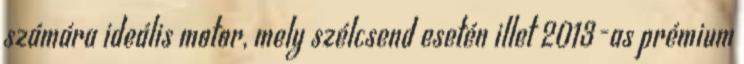
számára ideális motor, mely szélcsend esetén illet 2013-as prémium